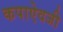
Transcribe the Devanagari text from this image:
कपाऐवजी